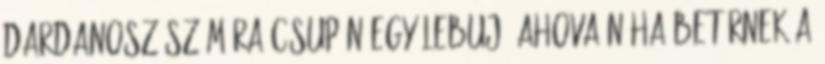
Dardanosz számára csupán egy lebuj, ahova néha betérnek a